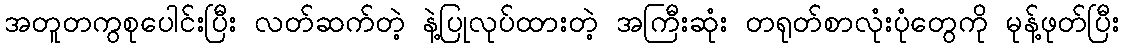
အတူတကွစုပေါင်းပြီး လတ်ဆက်တဲ့ နဲ့ပြုလုပ်ထားတဲ့ အကြီးဆုံး တရုတ်စာလုံးပုံတွေကို မုန့်ဖုတ်ပြီး